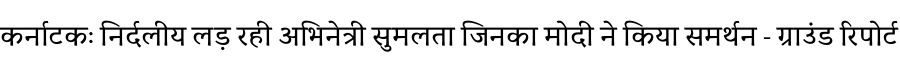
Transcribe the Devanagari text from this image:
कर्नाटकः निर्दलीय लड़ रही अभिनेत्री सुमलता जिनका मोदी ने किया समर्थन - ग्राउंड रिपोर्ट